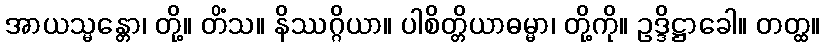
အာယသ္မန္တော၊ တို့။ တိံသ။ နိဿဂ္ဂိယာ။ ပါစိတ္တိယာဓမ္မာ၊ တို့ကို။ ဥဒ္ဒိဋ္ဌာခေါ။ တတ္ထ။